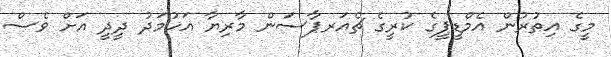
މީގެ އިތުރުން އެމްޑީޕީގެ ކުރީގެ ޗެއަރޕާސަން މާރިޔާ އަހުމަދު ދީދީ އަށް ވެސް